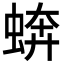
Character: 𧎔